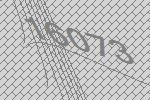
16073